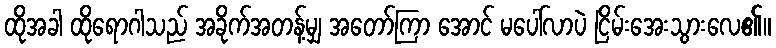
ထိုအခါ ထိုရောဂါသည် အခိုက်အတန့်မျှ အတော်ကြာ အောင် မပေါ်လာပဲ ငြိမ်းအေးသွားလေ၏။